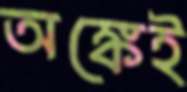
অঙ্কেই